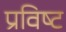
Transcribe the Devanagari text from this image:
प्रविष्‍ट